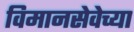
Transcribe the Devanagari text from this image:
विमानसेवेच्या